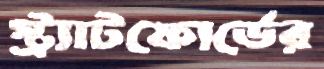
স্ট্র্যাটফোর্ডের